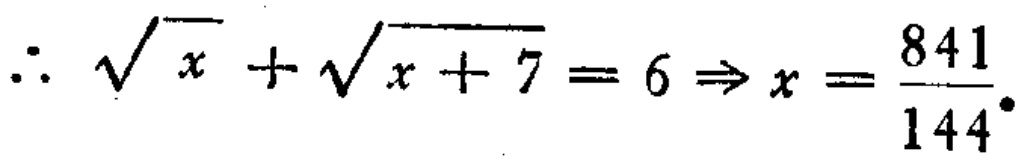
\(\therefore \sqrt{x}+\sqrt{x + 7}=6\Rightarrow x=\frac{841}{144}\)